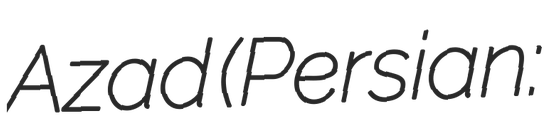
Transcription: Azad (Persian: